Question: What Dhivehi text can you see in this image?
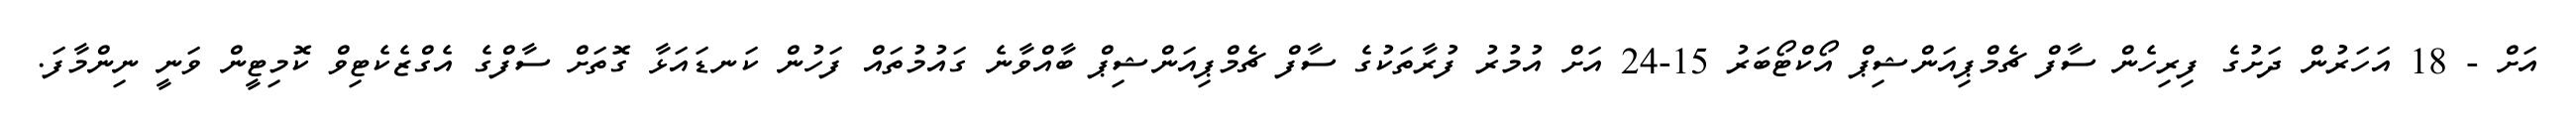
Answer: އަށް - 18 އަހަރުން ދަށުގެ ފިރިހެން ސާފް ޗެމްޕިއަންޝިޕް އޯކްޓޯބަރު 15-24 އަށް އުމުރު ފުރާތަކުގެ ސާފް ޗެމްޕިއަންޝިޕް ބާއްވާނެ ގައުމުތައް ފަހުން ކަނޑައަޅާ ގޮތަށް ސާފްގެ އެގްޒެކެޓިވް ކޮމިޓީން ވަނީ ނިންމާފަ.